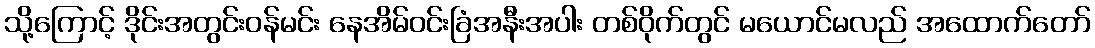
သို့ကြောင့် ဒိုင်းအတွင်းဝန်မင်း နေအိမ်ဝင်းခြံအနီးအပါး တစ်ဝိုက်တွင် မယောင်မလည် အထောက်တော်